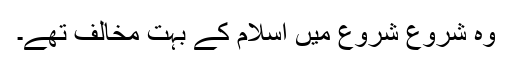
وہ شروع شروع میں اسلام کے بہت مخالف تھے۔